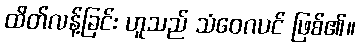
ထိတ်လန့်ခြင်း ဟူသည် သံဝေဂပင် ဖြစ်၏။